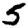
Digit: 5